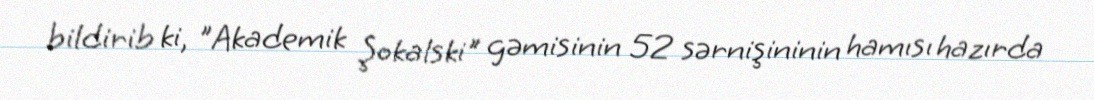
bildirib ki, "Akademik Şokalski" gəmisinin 52 sərnişininin hamısı hazırda